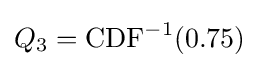
Q_{3}={\text{CDF}}^{-1}(0.75)